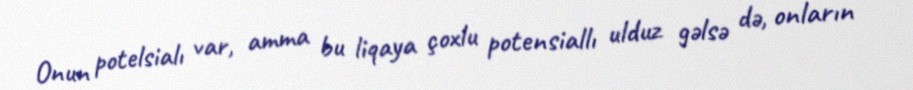
Onun potelsialı var, amma bu liqaya çoxlu potensiallı ulduz gəlsə də, onların